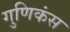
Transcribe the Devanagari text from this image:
गुणिकंस